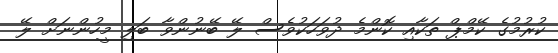
ކުރުމުގެ ކޭމްޕް ތަކާއި ކޮންމެ ދުވަހަކުވެސް ލޭ ބޭނުންވާ ބަލި މީހުންނަށް ލޭ